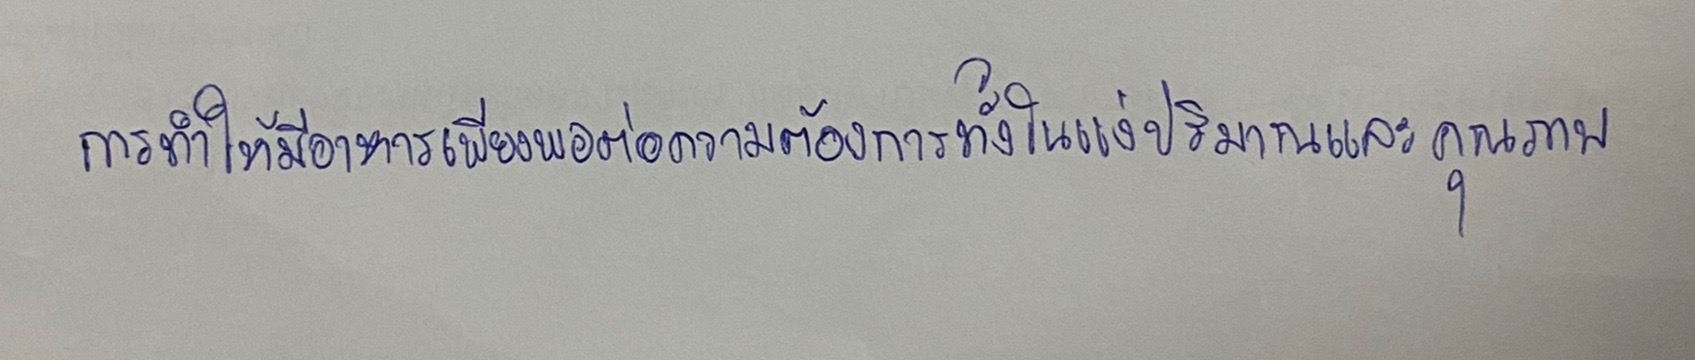
การทำให้มีอาหารเพียงพอต่อความต้องการทั้งในแง่ปริมาณและคุณภาพ